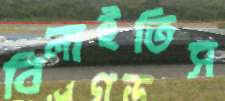
বিলাইতিস